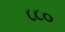
૮૮૦